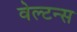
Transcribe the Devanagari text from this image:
वेल्टन्स